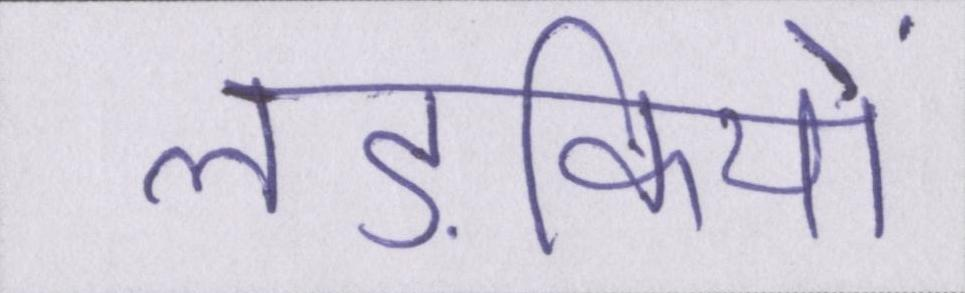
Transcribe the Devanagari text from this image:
लड़कियों